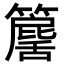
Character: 𥶕